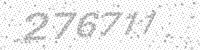
Solution: 276711